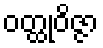
ဝတ္ထုဝိဇ္ဇာ